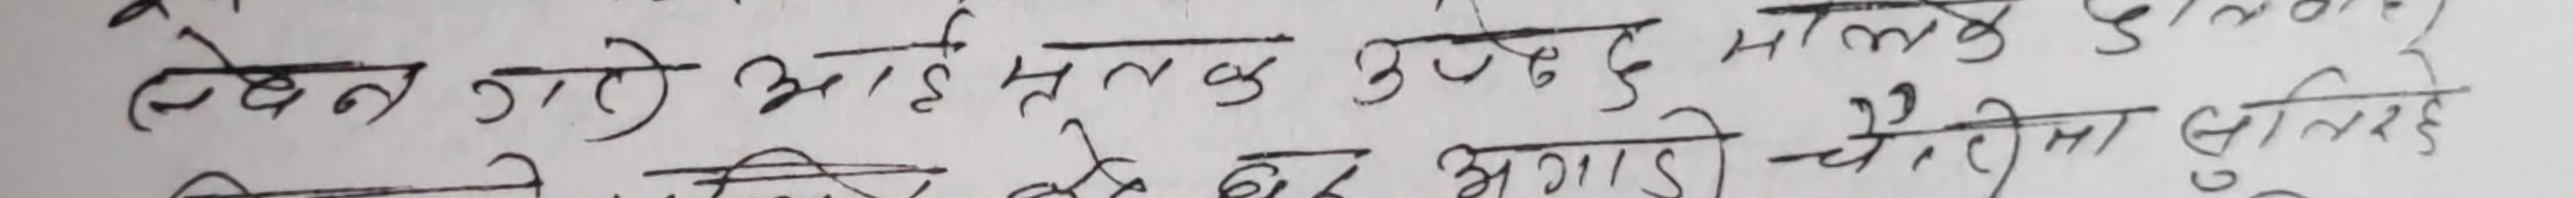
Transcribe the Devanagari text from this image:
लेख्न गरे आईमूलक उपेड मान्छे डुल
बनाएर भगाइ चौरिंदा सुनिदे